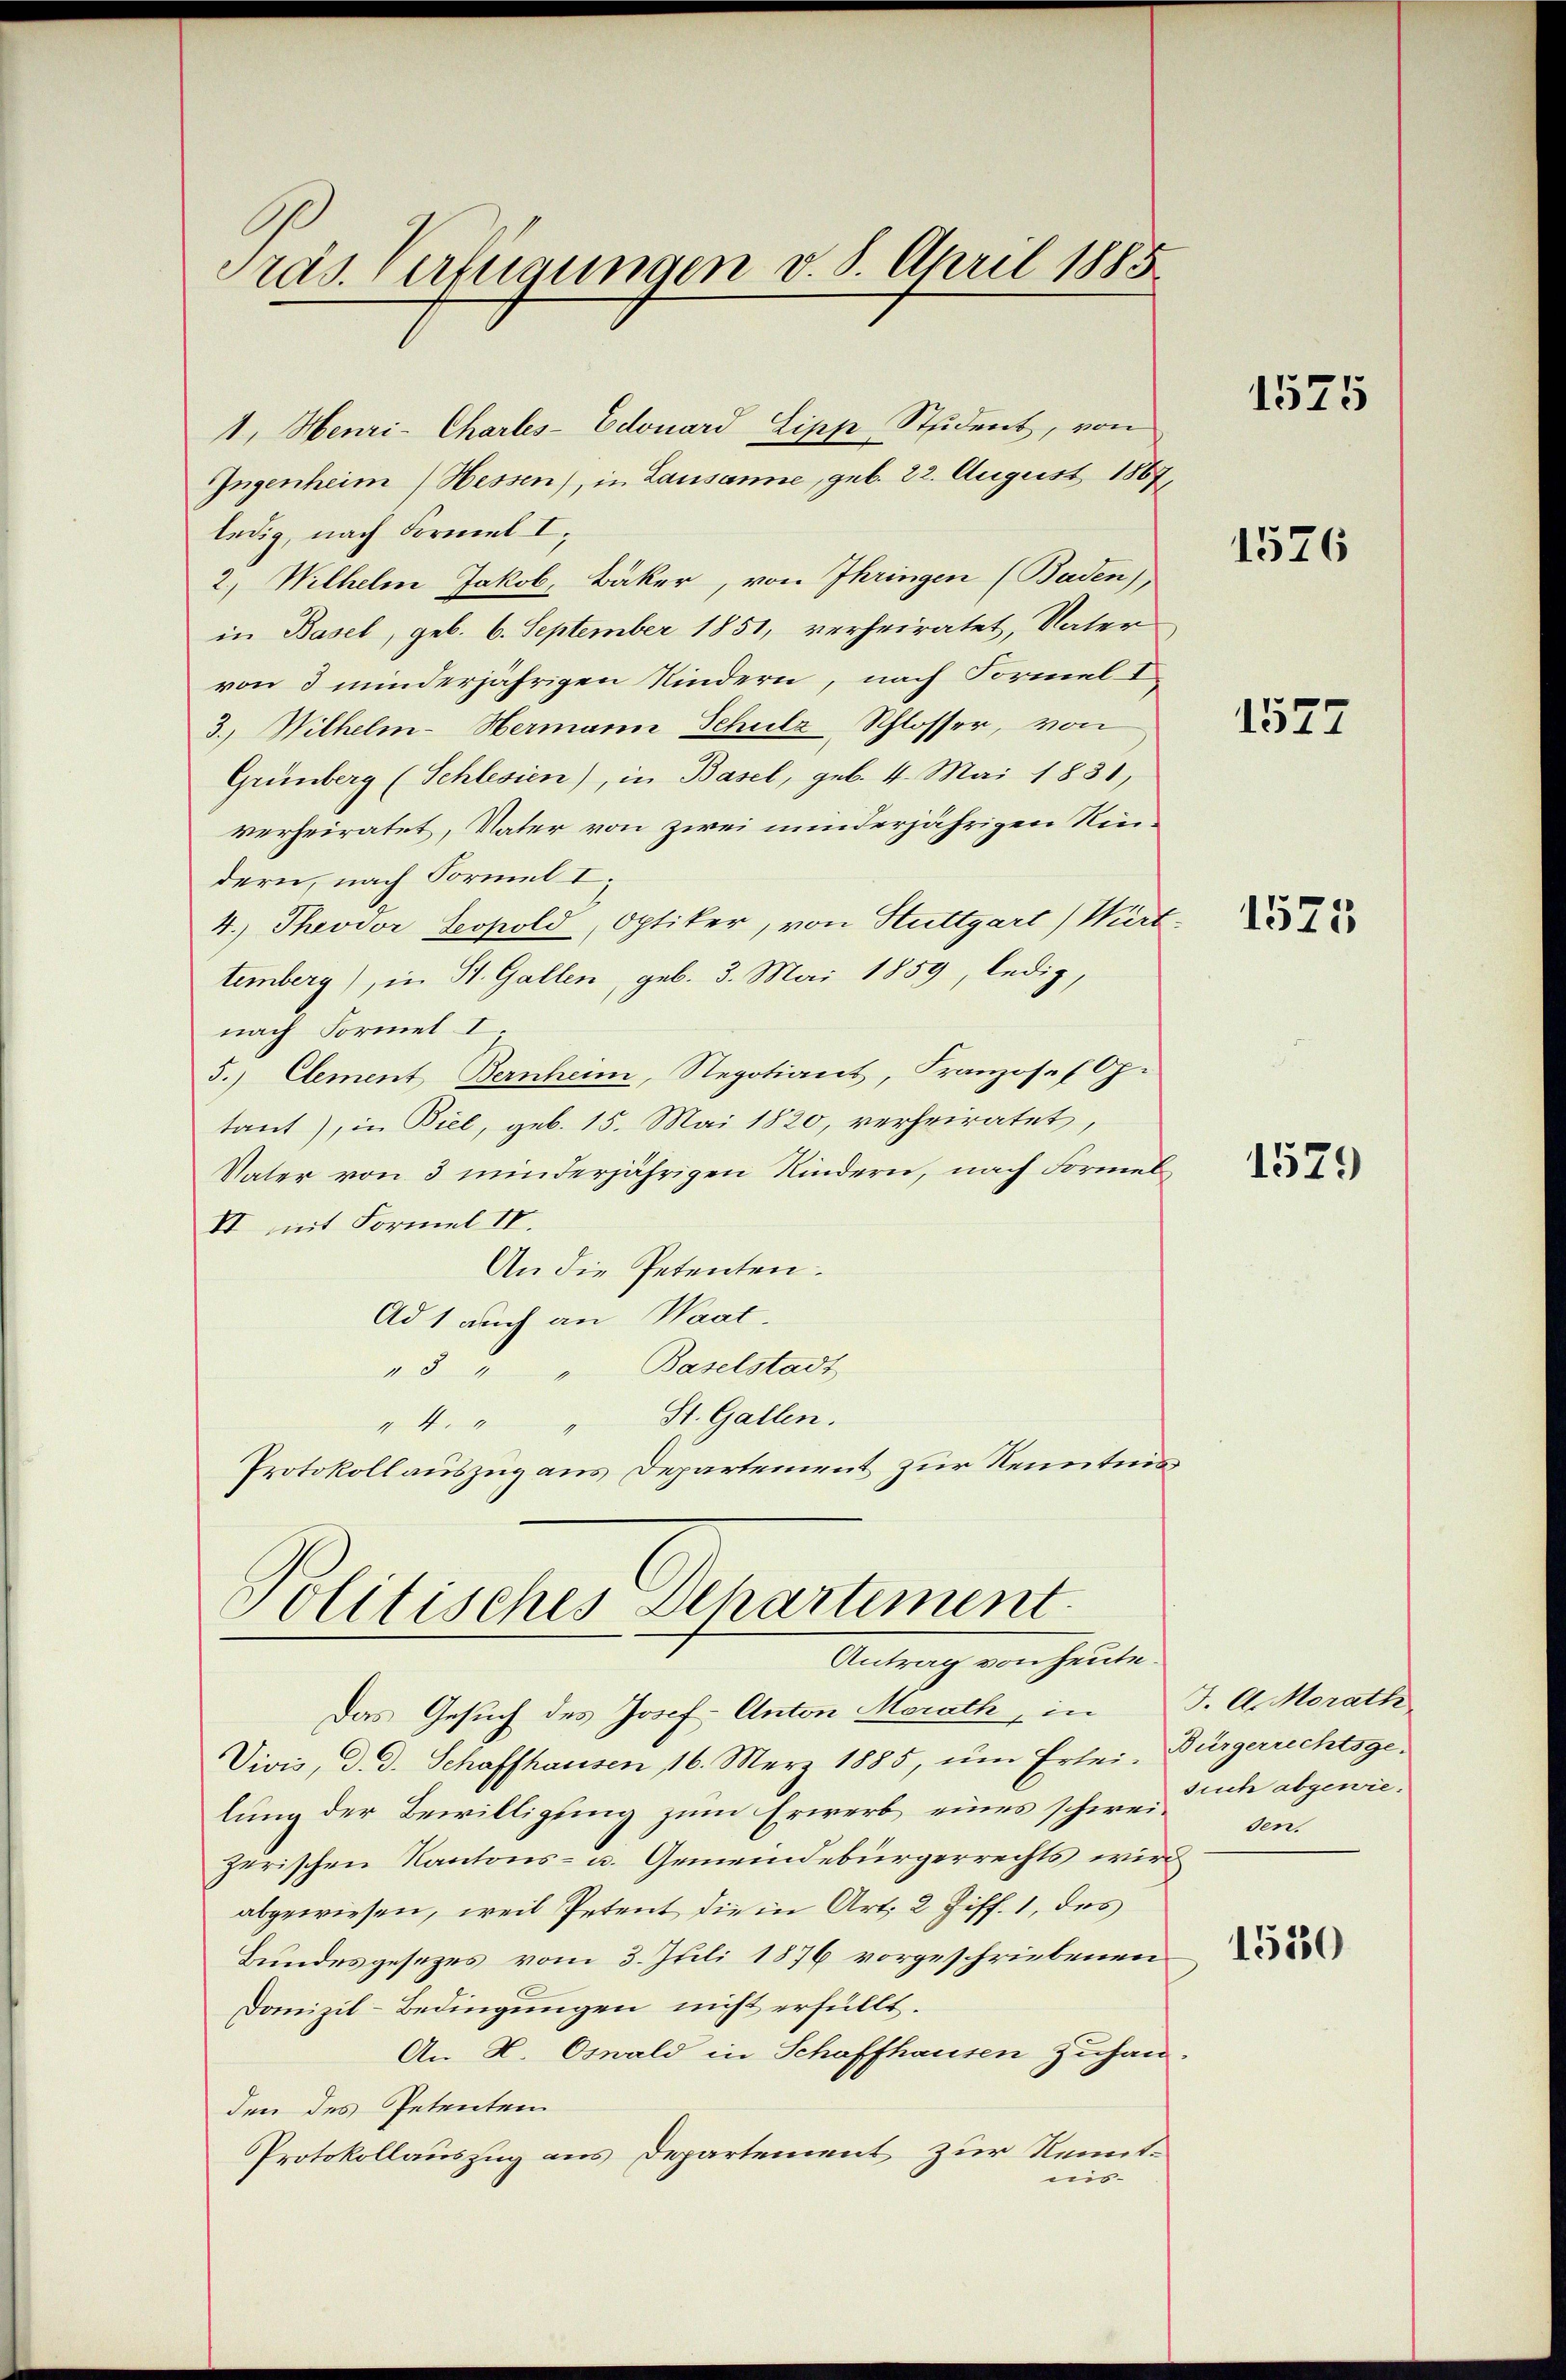
ras. Verfügungen v. 8. April 1885

1. Henri-Charles-Edouard Lipp Student, von
Ingenheim) Hessen), in Lausanne, geb. 22. August 1867,
ledig, nach Formel I
2, Wilhelm Jakob, Bäker, von Ihringen (Baden),
in Basel, geb. 6. September 1851, verheiratet, Vater
von 3 minderjährigen Kindern, nach Formel I
3., Wilhelm-Hermann Schulz-Schlosser, von
Grünberg (Schlesien), in Basel, geb. 4. Mai 1831,
verheiratet, Vater von zwei minderjährigen Riedern, nach Formel I,
4.) Theodor Leopold, Optiker, von Stuttgart) Wirt-
temberg), in St. Gallen, geb. 3. Mai 1859, ledig,
nach Formel I
5.) Element Bernheim, Regotiant, Franzosef Op.
tant), in Biel, geb. 15. Mai 1820, verheiratet,
Vater von 3 minderjährigen Kindern, nach Formel
II mit Formel IV.
An die Petenten.
Ad 1 auch an Waat.
"3 " Baselstadt
St. Gallen.
" 4.
Protokollauszug aus Departement zur Kenntnis

Politisches Dehartement.
Antrag von heute.

Das Gesuch des Josef Anton Morath, in
Vivis, d. d. Schaffhausen 16. März 1885, um Erlei, Bürgerichtsgelung der Bewilligung zum Erwerb eines schweitlich abgewiezerischen Kantons- u. Gemeindebürgerrechts wird
abgewiesen, weil Petent die in Art. 2 Ziff. 1, des
Bundesgesezes vom 3. Juli 1876 vorgeschriebenen
Domizil-Bedingungen nicht erfüllt.
An K. Oswald in Schaffhausen Zuhau
den des Petenten
Protokollauszug aus Departement zur Kenntnis¬

1525

1526

1527

1575

1529

J. A. Morath
sen.

1550